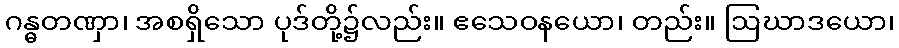
ဂန္ဓတဏှာ၊ အစရှိသော ပုဒ်တို့၌လည်း။ ဧသေဝနယော၊ တည်း။ ဩဃာဒယော၊